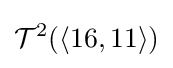
{\mathcal {T}}^{2}(\langle 16,11\rangle )